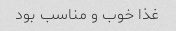
غذا خوب و مناسب بود